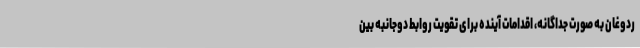
ردوغان به صورت جداگانه، اقدامات آینده برای تقویت روابط دوجانبه بین